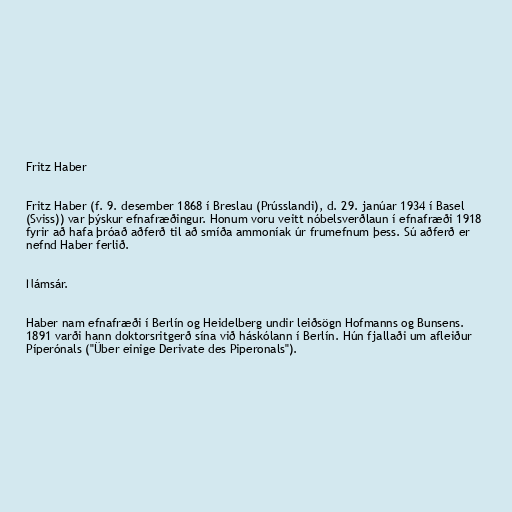
Fritz Haber

Fritz Haber (f. 9. desember 1868 í Breslau (Prússlandi), d. 29. janúar 1934 í Basel
(Sviss)) var þýskur efnafræðingur. Honum voru veitt nóbelsverðlaun í efnafræði 1918
fyrir að hafa þróað aðferð til að smíða ammoníak úr frumefnum þess. Sú aðferð er
nefnd Haber ferlið.

Námsár.

Haber nam efnafræði í Berlín og Heidelberg undir leiðsögn Hofmanns og Bunsens.
1891 varði hann doktorsritgerð sína við háskólann í Berlín. Hún fjallaði um afleiður
Píperónals ("Über einige Derivate des Piperonals").